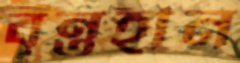
বৃন্তহীন